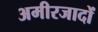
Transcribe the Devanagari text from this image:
अमीरजादों